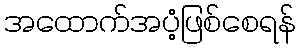
အထောက်အပံ့ဖြစ်စေရန်